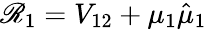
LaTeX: \mathscr{R}_{1}=V_{12}+\mu_{1}\hat{{\mu}}_{1}